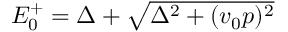
\begin{array} { r } { E _ { 0 } ^ { + } = \Delta + \sqrt { \Delta ^ { 2 } + ( v _ { 0 } p ) ^ { 2 } } } \end{array}